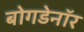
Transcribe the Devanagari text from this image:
बोगडेनॉर